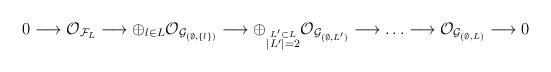
LaTeX: \begin{align*}0\longrightarrow {\cal O}_{{\cal F}_L}\longrightarrow\oplus_{l\in L}{\cal O}_{{\cal G}_{(\emptyset,\{l\})}}\longrightarrow\oplus_{\stackrel{L'\subset L}{|L'|=2}}{\cal O}_{{\cal G}_{(\emptyset,L')}}\longrightarrow\ldots\longrightarrow{\cal O}_{{\cal G}_{(\emptyset,L)}} \longrightarrow 0\end{align*}